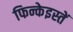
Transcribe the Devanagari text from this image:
फिन्केइस्तें